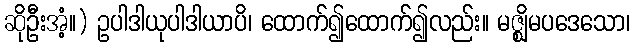
ဆိုဦးအံ့။) ဥပါဒါယုပါဒါယာပိ၊ ထောက်၍ထောက်၍လည်း။ မဇ္ဈိမပဒေသော၊